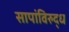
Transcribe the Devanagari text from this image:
सापांविरुद्ध